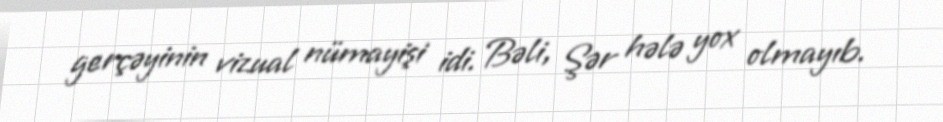
gerçəyinin vizual nümayişi idi. Bəli, Şər hələ yox olmayıb.